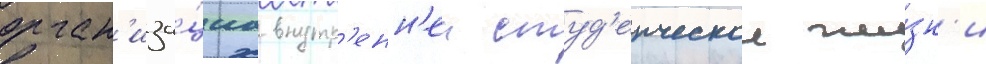
орган'иза́циа внутр'енн'еи студ'енческои жи́зн'и